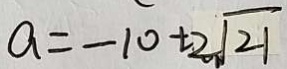
a = - 1 0 + 2 \sqrt { 2 1 }